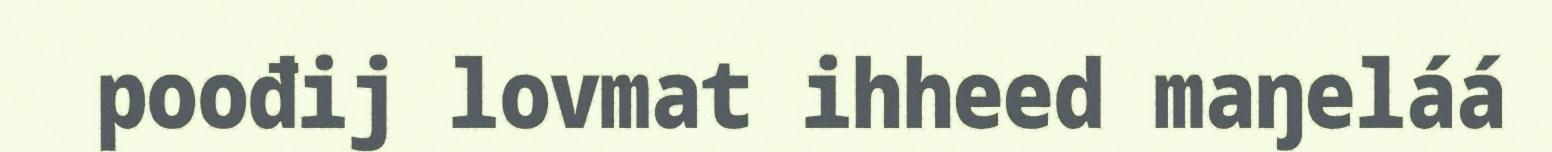
poođij lovmat ihheed maŋeláá